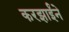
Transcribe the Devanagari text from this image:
करझाईंने